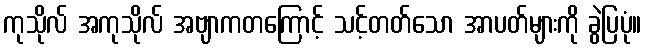
ကုသိုလ် အကုသိုလ် အဗျာကတကြောင့် သင့်တတ်သော အာပတ်များကို ခွဲပြပုံ။